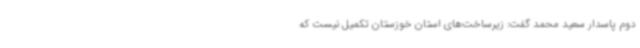
دوم پاسدار سعید محمد گفت: زیرساخت‌های استان خوزستان تکمیل نیست که